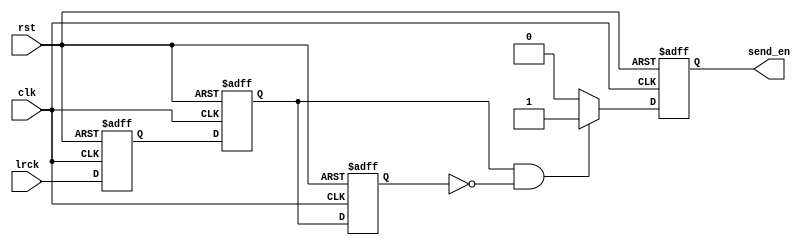
module adc_data_ready_tri(
    input clk,
    input rst,
    input lrck,
    output reg send_en
);

    reg pulse1, pulse2, pulse3;
    wire clk_posedge;
    always @(posedge clk, posedge rst) begin
        if(rst) begin
            pulse1 <= 1'b0;
            pulse2 <= 1'b0;
            pulse3 <= 1'b0;
        end
        else begin
            pulse1 <= lrck;
            pulse2 <= pulse1;
            pulse3 <= pulse2;
        end
    end
    assign clk_posedge = pulse2 & ~pulse3;

    always @(posedge clk, posedge rst) begin
        if (rst) begin
            send_en <= 1'b0;
        end
        else begin
            if(clk_posedge) begin
                send_en <= 1'b1;
            end
            else begin
                send_en <= 1'b0;
            end
        end
    end


endmodule